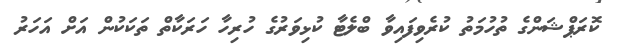
ކޮރަޕްޝަންގެ ތުހުމަތު ކުރެވިފައިވާ ބްލެޓާ ކުޅިވަރުގެ ހުރިހާ ހަރަކާތް ތަކަކުން އަށް އަހަރު